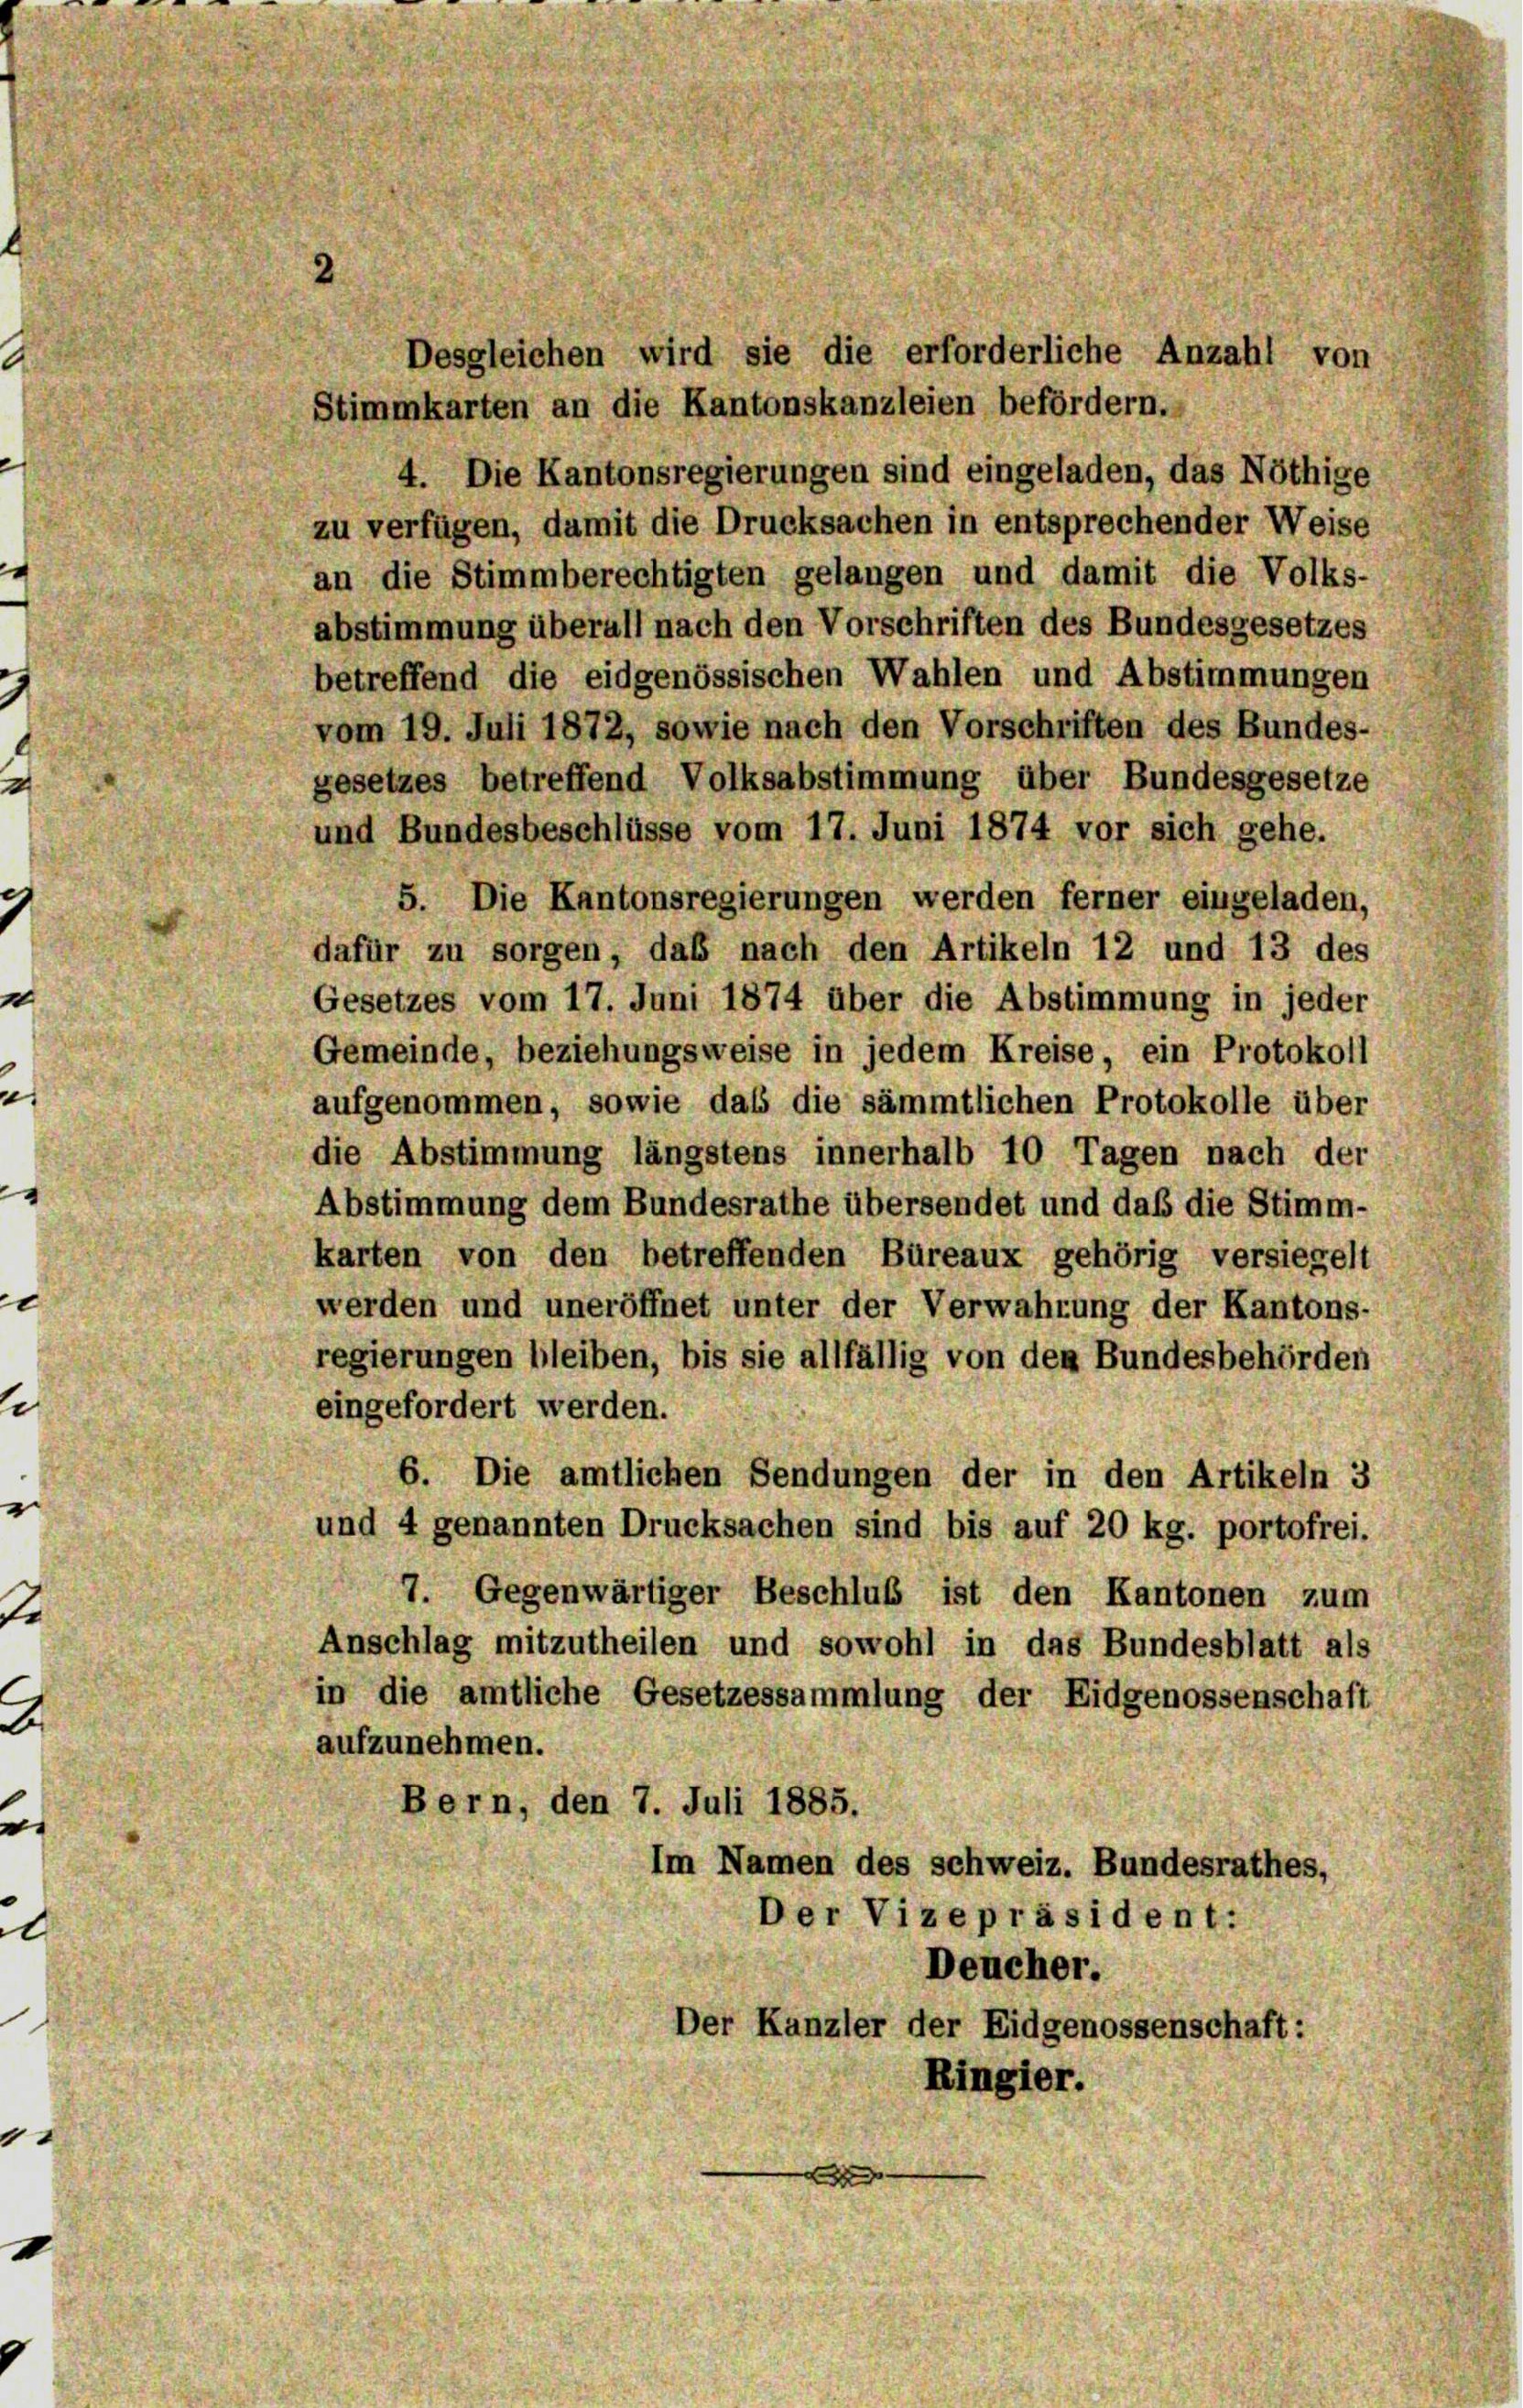
c

e |

2

1

Desgleichen wird sie die erforderliche Anzahl von
Stimmkarten an die Kantonskanzleien befördern.
4. Die Kantonsregierungen sind eingeladen, das Nöthige
zu verfügen, damit die Drucksachen in entsprechender Weise
an die Stimmberechtigten gelangen und damit die Volks-
abstimmung überall nach den Vorschriften des Bundesgesetzes
betreffend die eidgenössischen Wahlen und Abstimmungen
vom 19. Juli 1872, sowie nach den Vorschriften des Bundes-
gesetzes betreffend Volksabstimmung über Bundesgesetze
und Bundesbeschlüsse vom 17. Juni 1874 vor sich gehe.
5. Die Kantonsregierungen werden ferner eingeladen,
dafür zu sorgen, daß nach den Artikeln 12 und 13 des
Gesetzes vom 17. Juni 1874 über die Abstimmung in jeder
Gemeinde, beziehungsweise in jedem Kreise, ein Protokoll
aufgenommen, sowie das die sämmtlichen Protokolle über
die Abstimmung längstens innerhalb 10 Tagen nach der
Abstimmung dem Bundesrathe übersendet und daß die Stimm-
karten von den betreffenden Büreaux gehörig versiegelt
werden und uneröffnet unter der Verwahrung der Kantons-
regierungen bleiben, bis sie allfällig von den Bundesbehörden
eingefordert werden.
6. Die amtlichen Sendungen der in den Artikeln i
und 4 genannten Drucksachen sind bis auf 20 kg. portofrei.
Gegenwärtiger Beschluß ist den Kantonen zum
Anschlag mitzutheilen und sowohl in das Bundesblatt als
in die amtliche Gesetzessammlung der Eidgenossenschaft
aufzunehmen.
Bern, den 7. Juli 1885.
Im Namen des schweiz. Bundesrathes,
Der Vizepräsident:
Deucher.
Der Kanzler der Eidgenossenschaft:
Ringier.